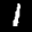
Label: 1